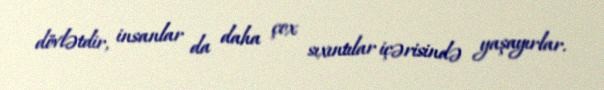
dövlətdir, insanlar da daha çox sıxıntılar içərisində yaşayırlar.